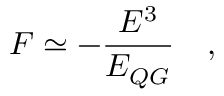
F \simeq - { \frac { E ^ { 3 } } { E _ { Q G } } } \quad ,